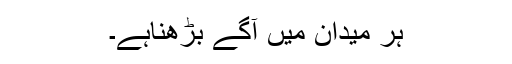
ہر میدان میں آگے بڑھناہے۔